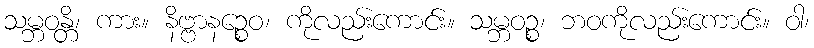
သမ္ဘဝန္တိ၊ ကား။ နိဗ္ဗာနဉ္စေဝ၊ ကိုလည်းကောင်း။ သမ္ဘဝဉ္စ၊ ဘဝကိုလည်းကောင်း။ ဝါ၊